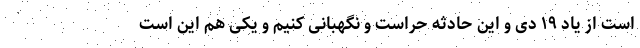
است از یاد ۱۹ دی و این حادثه حراست و نگهبانی کنیم و یکی هم این است